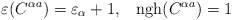
\begin{align*}\varepsilon(C^{\alpha a})=\varepsilon_\alpha+1,\;\;\; {\rm ngh}(C^{\alpha a})=1\end{align*}